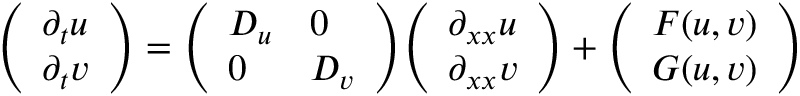
{ \left( \begin{array} { l } { \partial _ { t } u } \\ { \partial _ { t } v } \end{array} \right) } = { \left( \begin{array} { l l } { D _ { u } } & { 0 } \\ { 0 } & { D _ { v } } \end{array} \right) } { \left( \begin{array} { l } { \partial _ { x x } u } \\ { \partial _ { x x } v } \end{array} \right) } + { \left( \begin{array} { l } { F ( u , v ) } \\ { G ( u , v ) } \end{array} \right) }